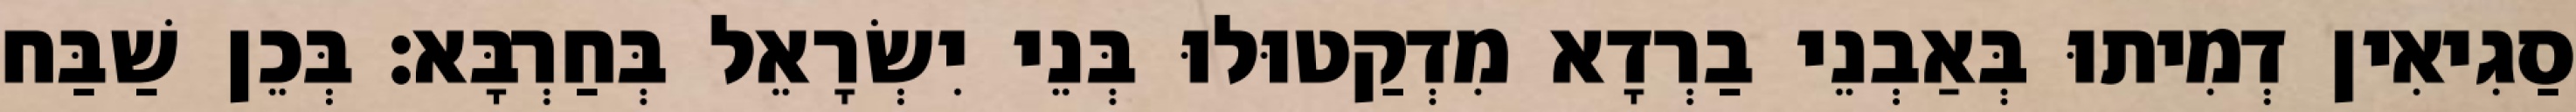
סַגִיאִין דְמִיתוּ בְּאַבְנֵי בַרְדָא מִדְקַטוּלוּ בְּנֵי יִשְׂרָאֵל בְּחַרְבָּא׃ בְּכֵן שַׁבַּח